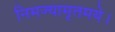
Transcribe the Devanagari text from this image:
निमज्यामृतमये।